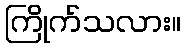
ကြိုက်သလား။